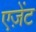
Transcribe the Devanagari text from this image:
एज़ेंट